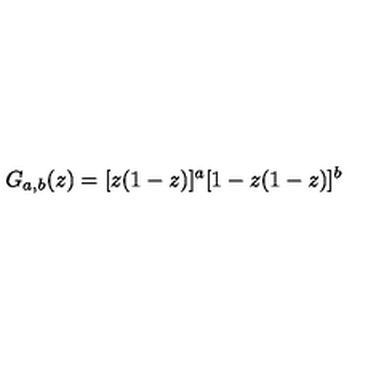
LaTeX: G _ { a , b } ( z ) = [ z ( 1 - z ) ] ^ { a } [ 1 - z ( 1 - z ) ] ^ { b }